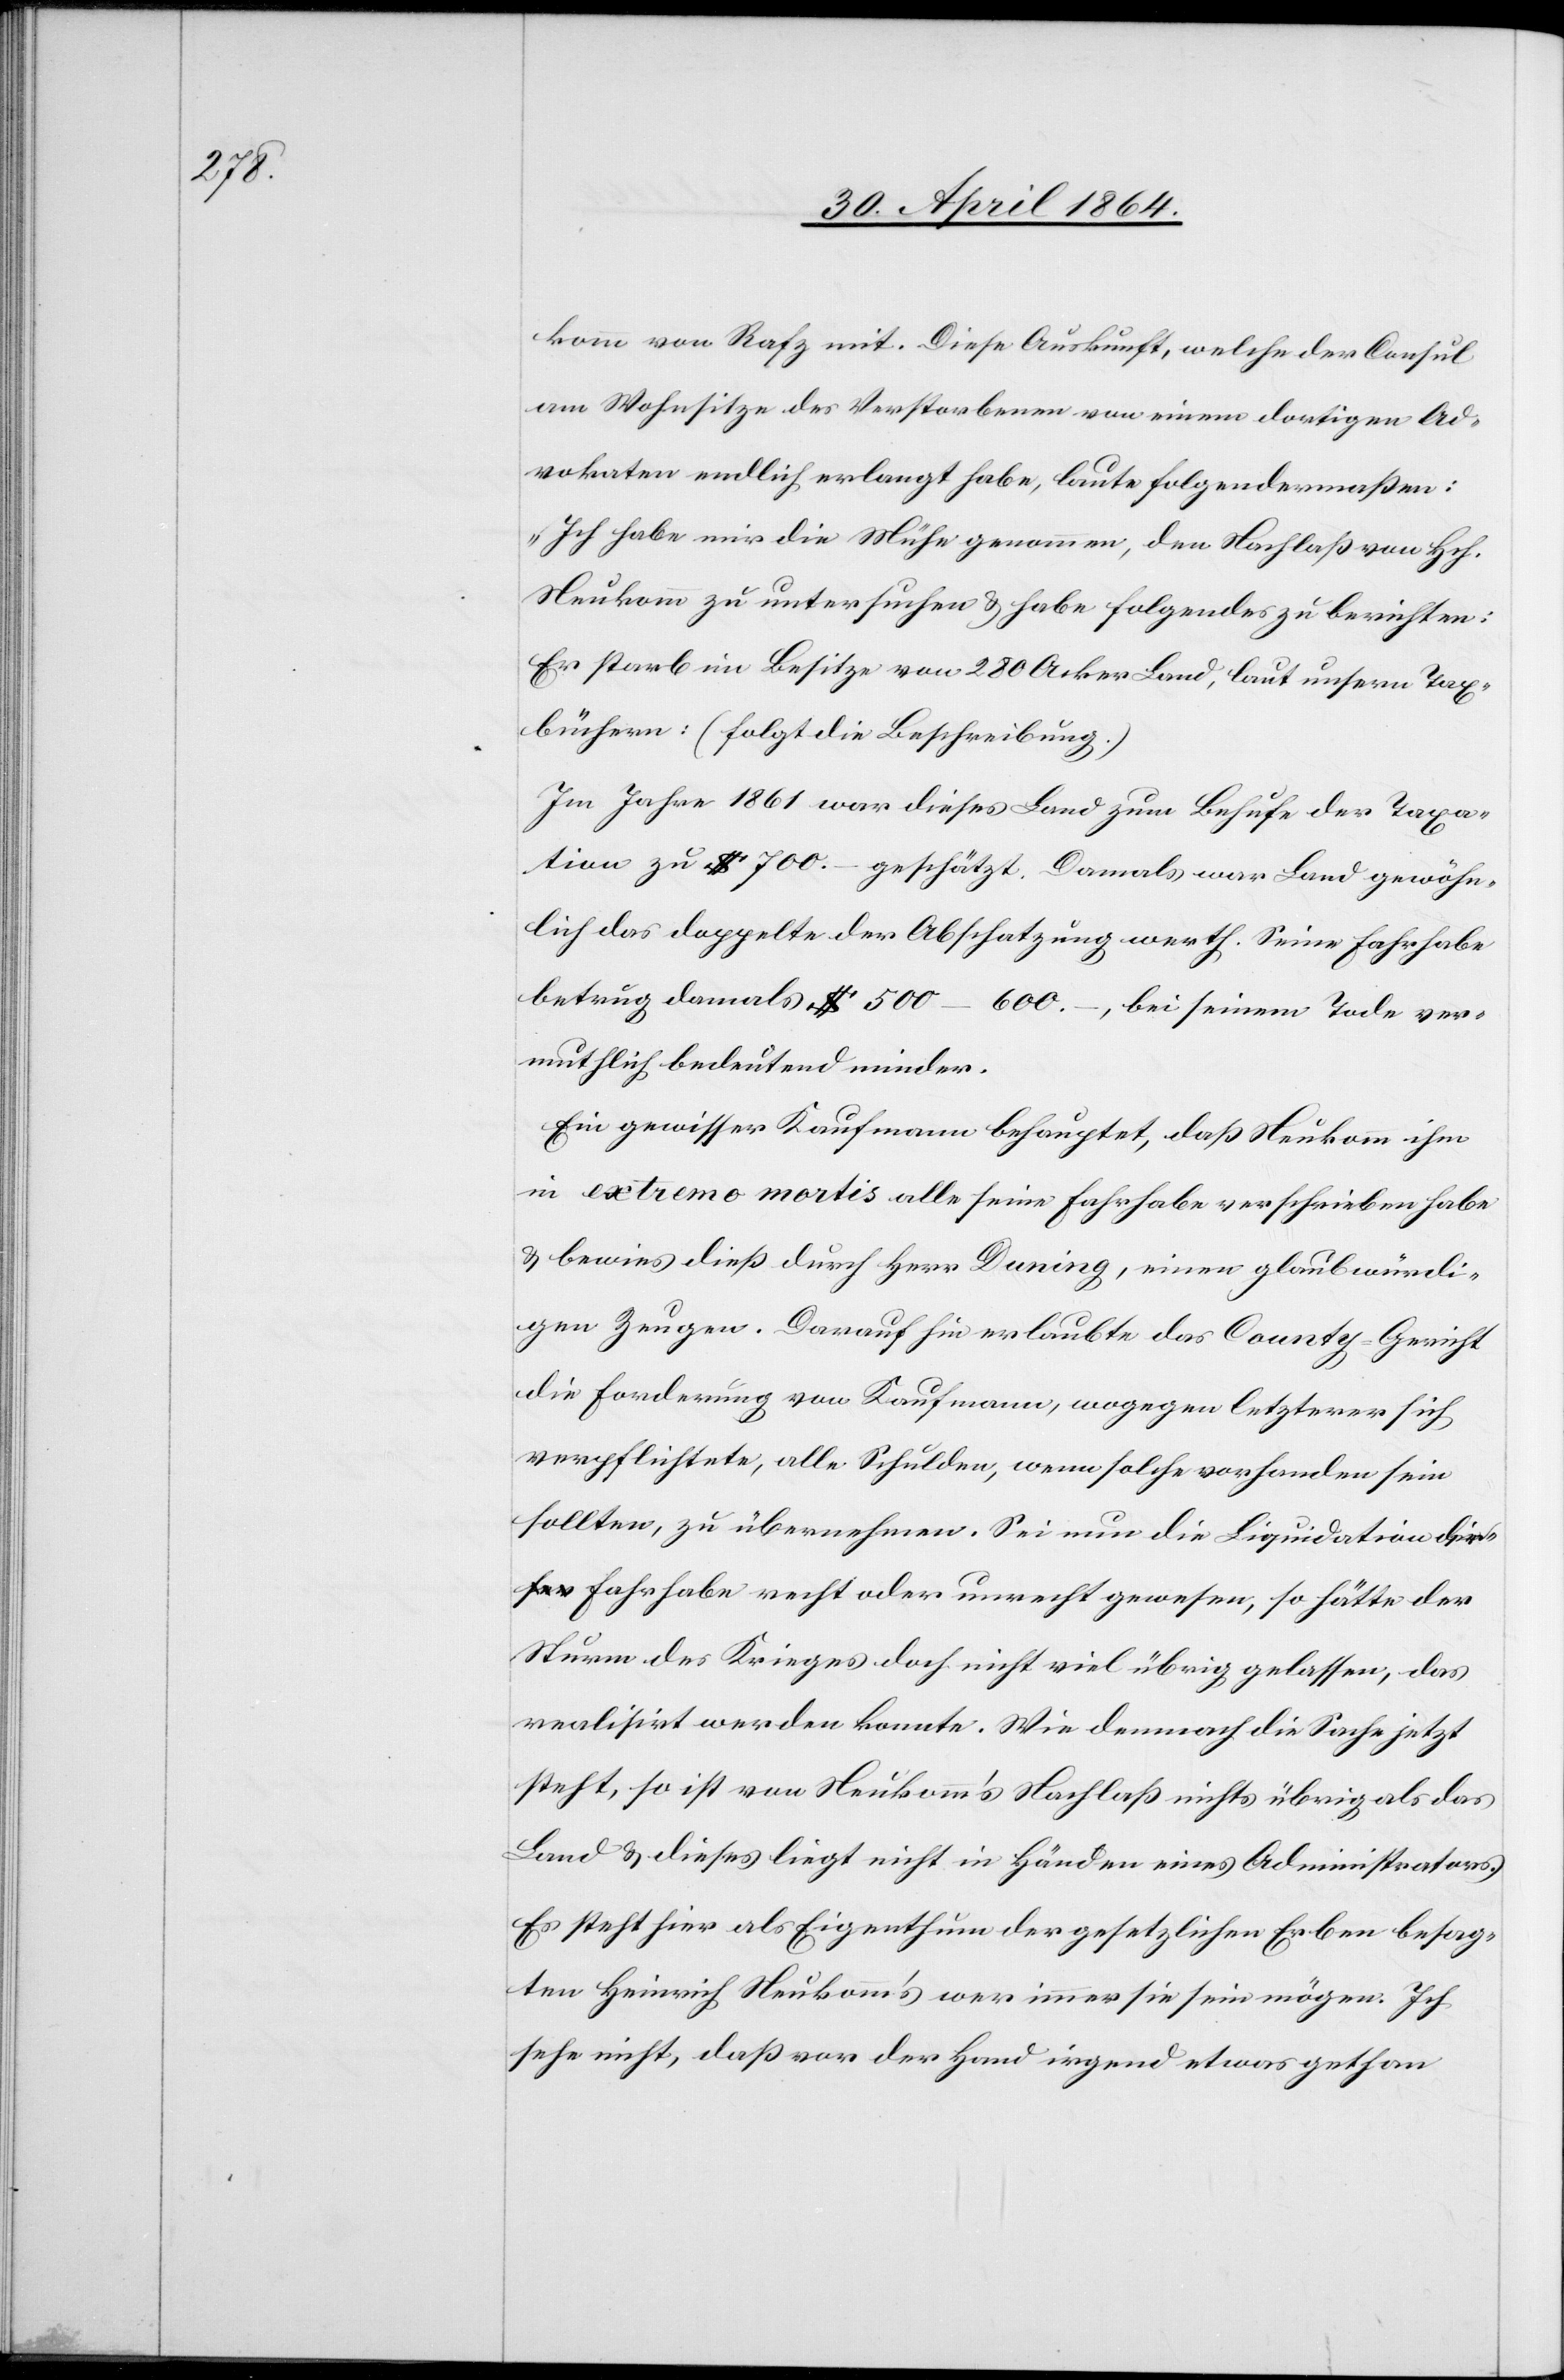
komm von Rafz mit. Diese Auskunft, welche der Consul
am Wohnsitze des Verstorbenen von einem dortigen Ad¬
vokaten endlich verlangt habe, laute folgendermaßen:
„Ich habe mir die Mühe genommen, den Nachlaß von Hch.
Neukomm zu untersuchen u. habe folgendes zu berichten:
Er starb im Besitze von 280 Acker Land, laut unsern Tax¬
büchern: (folgt die Beschreibung.)
Im Jahre 1861 war dieses Land zum Behufe der Taxa¬
tion zu $ 700.– geschätzt. Damals war Land gewöhn¬
lich das doppelte der Abschätzung werth. Seine Fahrhabe
betrug damals $ 500–600.–, bei seinem Tode ver¬
muthlich bedeutend minder.
Ein gewisser Kaufmann behauptet, daß Neukomm ihm
in extremo mortis alle seine Fahrhabe verschrieben habe
u. bewies dieß durch Herr Duning, einen glaubwürdi¬
gen Zeugen. Darauf hin erlaubte das County-Gericht
die Forderung von Kaufmann, wogegen letzterer sich
verpflichtete, alle Schulden, wenn solche vorhanden sein
sollten, zu übernehmen. Sei nun die Liquidation [?d¬
er] Fahrhabe recht oder unrecht gewesen, so hätte der
Sturm des Krieges doch nicht viel übrig gelassen, das
realisirt werden konnte. Wie demnach die Sache jetzt
steht, so ist von Neukomm’s Nachlaß nichts übrig als das
Land u. dieses liegt nicht in Händen eines Administrators.
Es steht hier als Eigenthum der gesetzlichen Erben besag¬
ten Heinrich Neukomm’s wer immer sie sein mögen. Ich
sehe nicht, daß vor der Hand irgend etwas gethan